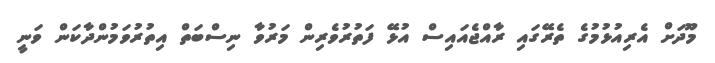
މޫދަށް އެރިއުޅުމުގެ ތެރޭގައި ރާއްޖެއައިސް އުޅޭ ފަތުރުވެރިން މަރުވާ ނިސްބަތް އިތުރުވަމުންދާކަން ވަނީ